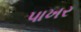
પાખર